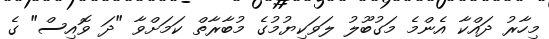
މިހާރު ދައްކާ އެންމެ މަގުބޫލު ލަވަކިޔުމުގެ މުބާރާތް ކަމަށްވާ "ދަ ވޮއިސް" ގެ